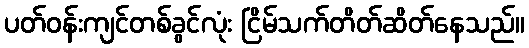
ပတ်ဝန်းကျင်တစ်ခွင်လုံး ငြိမ်သက်တိတ်ဆိတ်နေသည်။